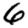
Digit: 6